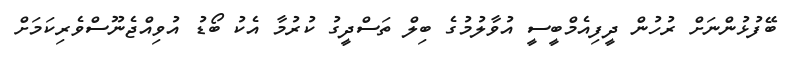
ބޭފުޅުންނަށް ރުހުން ދީފިއެމްބީސީ އުވާލުމުގެ ބިލް ތަސްދީގު ކުރުމާ އެކު ބޯޑު އުވިއްޖެނޫސްވެރިކަމަށް